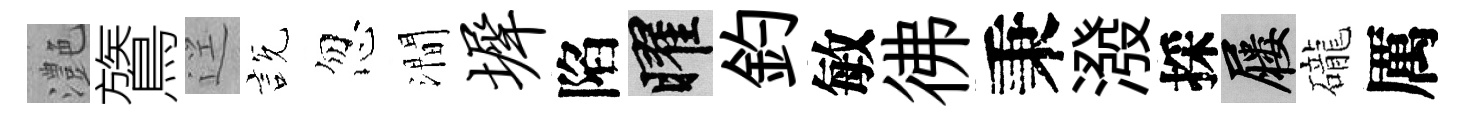
灔鷟逕説忽澗墀陷曜釣敏彿秉潑採屨礲厲